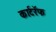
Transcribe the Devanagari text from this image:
कार्टरॅफ